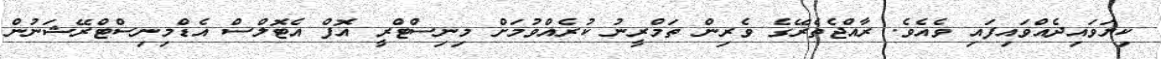
ކިޔަވައިދެއްވައިފައި ވެއެވެ. ރާއްޖެތެރޭގެ ވެރިން ތަމްރީނު ކުރެއްވުމަށް މިނިސްޓްރީ އޮފް އެޓޮލްސް އެޑްމިނިސްޓްރޭޝަނުން